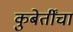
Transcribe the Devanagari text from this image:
कुबेर्तींचा